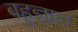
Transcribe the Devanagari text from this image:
बहुज्ञात